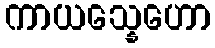
ကာယသ္နေဟော